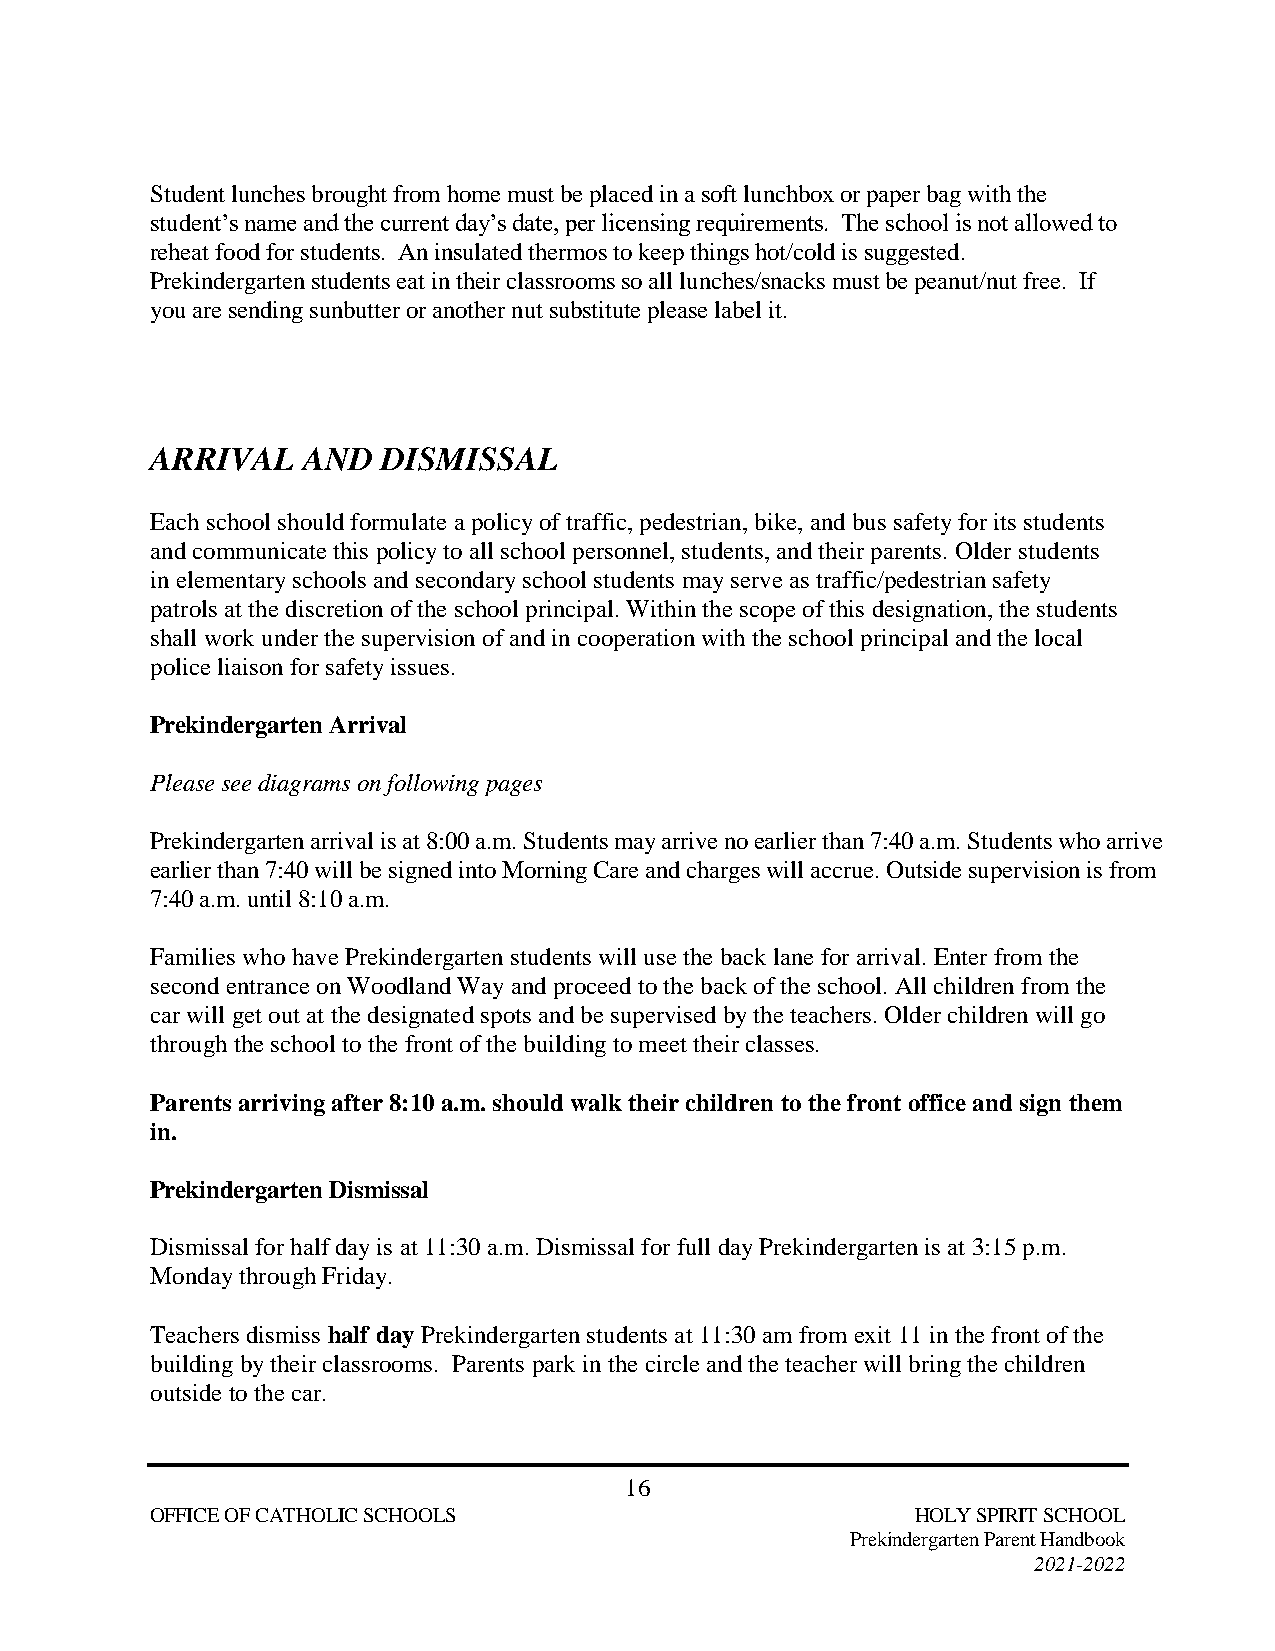
Student lunches brought from home must be placed in a soft lunchbox or paper bag with the
 student’s name and the current day’s date, per licensing requirements. The school is not allowed to
 reheat food for students. An insulated thermos to keep things hot/cold is suggested.
 Prekindergarten students eat in their classrooms so all lunches/snacks must be peanut/nut free. If
 you are sending sunbutter or another nut substitute please label it.
 ARRIVAL   AND  DISMISSAL
 Each school should formulate a policy of traffic, pedestrian, bike, and bus safety for its students
 and communicate this policy to all school personnel, students, and their parents. Older students
 in elementary schools and secondary school students may serve as traffic/pedestrian safety
 patrols at the discretion of the school principal. Within the scope of this designation, the students
 shall work under the supervision of and in cooperation with the school principal and the local
 police liaison for safety issues.
 Prekindergarten Arrival
 Please see diagrams on following pages
 Prekindergarten arrival is at 8:00 a.m. Students may arrive no earlier than 7:40 a.m. Students who arrive
 earlier than 7:40 will be signed into Morning Care and charges will accrue. Outside supervision is from
 7:40 a.m. until 8:10 a.m.
 Families who have Prekindergarten students will use the back lane for arrival. Enter from the
 second entrance on Woodland Way and proceed to the back of the school. All children from the
 car will get out at the designated spots and be supervised by the teachers. Older children will go
 through the school to the front of the building to meet their classes.
 Parents arriving after 8:10 a.m. should walk their children to the front office and sign them
 in.
 Prekindergarten Dismissal
 Dismissal for half day is at 11:30 a.m. Dismissal for full day Prekindergarten is at 3:15 p.m.
 Monday through Friday.
 Teachers dismiss half day Prekindergarten students at 11:30 am from exit 11 in the front of the
 building by their classrooms. Parents park in the circle and the teacher will bring the children
 outside to the car.
 16
 OFFICE OF CATHOLIC SCHOOLS                         HOLY SPIRIT SCHOOL
 Prekindergarten Parent Handbook
 2021-2022